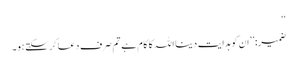
‘‘
ضمیر: ’’ان کو ہدایت دینا اللہ کا کام ہے تم صرف دعا کرسکتے ہو۔